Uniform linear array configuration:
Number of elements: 12
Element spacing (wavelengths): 0.5
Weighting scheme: hann
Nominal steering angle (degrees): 60
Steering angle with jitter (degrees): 58.297
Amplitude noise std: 0.05
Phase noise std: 0.05

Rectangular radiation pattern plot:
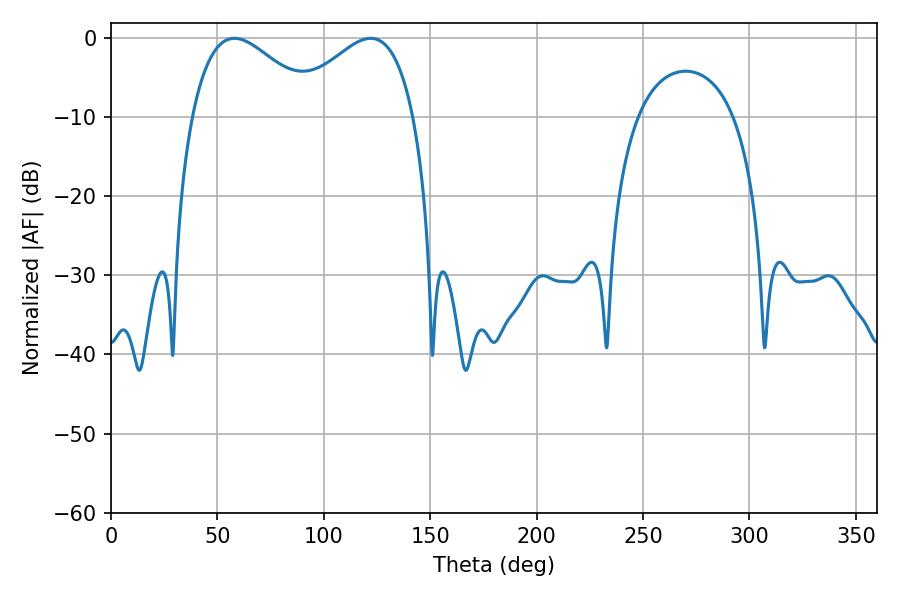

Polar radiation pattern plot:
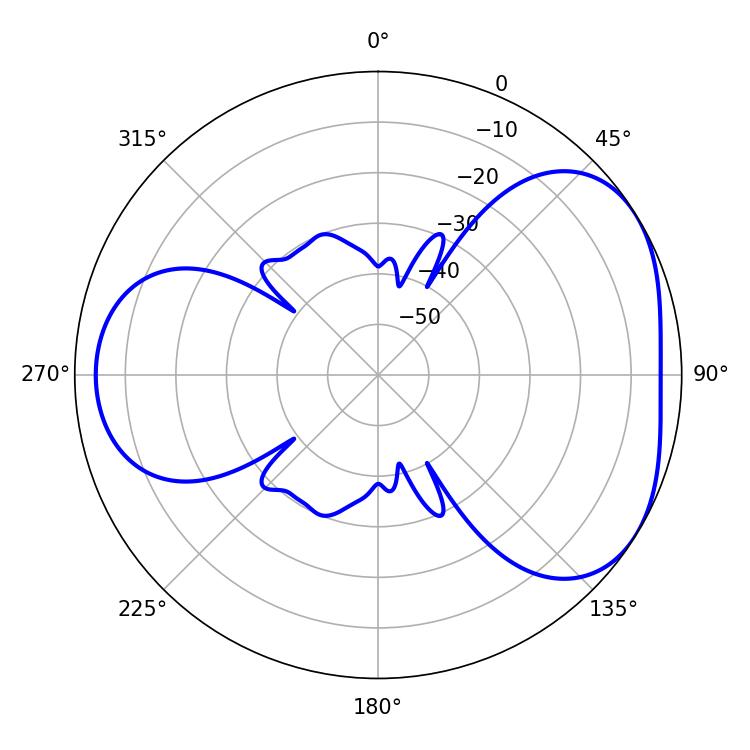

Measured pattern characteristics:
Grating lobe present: FALSE
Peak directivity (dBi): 4.103
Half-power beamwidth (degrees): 32.04
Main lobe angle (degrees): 122.04